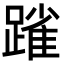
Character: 𨄤